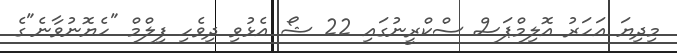
މިިދިޔަ އަހަރު އޮލިމްޕަސް ސްކްރީނުގައި 22 ޝޯ އެޅުވި ދިވެހި ފިލްމް "ހެޔޮނުވާނެ"ގެ